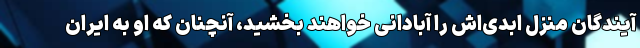
آیندگان منزل ابدی‌اش را آبادانی خواهند بخشید، آنچنان که او به ایران